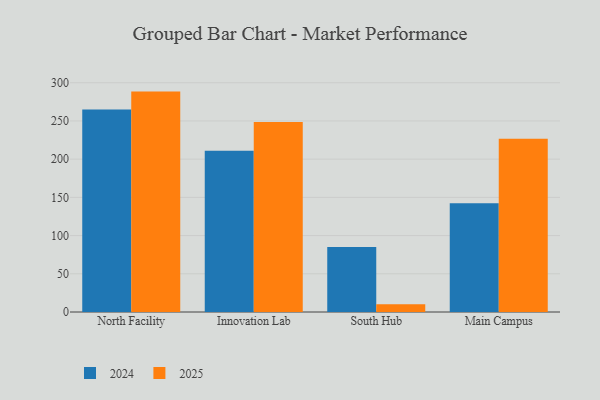
{"axis": {"x": "Campus", "y": "Headcount"}, "legend": ["2024", "2025"], "data": [{"x": "North Facility", "y": 288.4, "type": "2025"}, {"x": "North Facility", "y": 265.0, "type": "2024"}, {"x": "Innovation Lab", "y": 248.6, "type": "2025"}, {"x": "Innovation Lab", "y": 211.0, "type": "2024"}, {"x": "South Hub", "y": 10.3, "type": "2025"}, {"x": "South Hub", "y": 85.1, "type": "2024"}, {"x": "Main Campus", "y": 226.8, "type": "2025"}, {"x": "Main Campus", "y": 142.4, "type": "2024"}]}